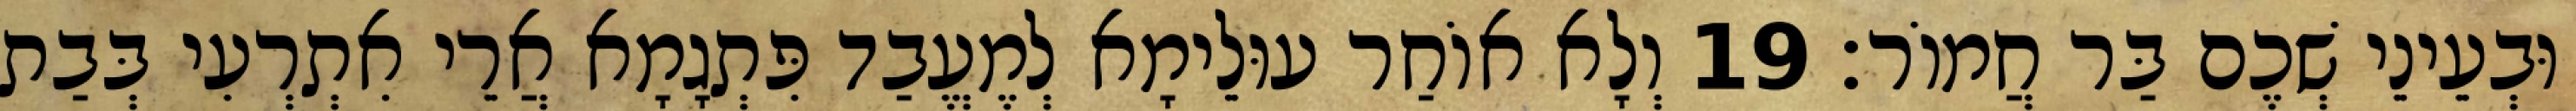
וּבְעֵינֵי שְׁכֶם בַּר חֲמוֹר׃ 19 וְלָא אוֹחַר עוּלֵימָא לְמֶעֱבַד פִּתְגָמָא אֲרֵי אִתְרְעִי בְּבַת